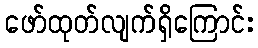
ဖော်ထုတ်လျက်ရှိကြောင်း